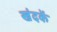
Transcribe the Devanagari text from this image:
खंदकें